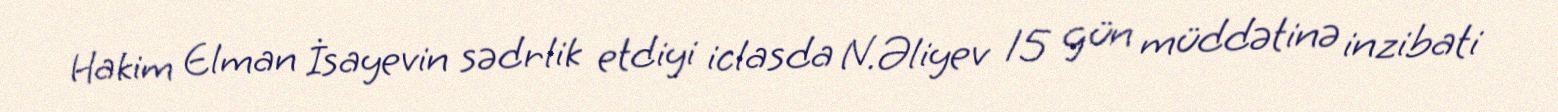
Hakim Elman İsayevin sədrlik etdiyi iclasda N.Əliyev 15 gün müddətinə inzibati